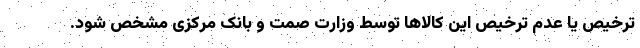
ترخیص یا عدم ترخیص این کالاها توسط وزارت صمت و بانک مرکزی مشخص شود.